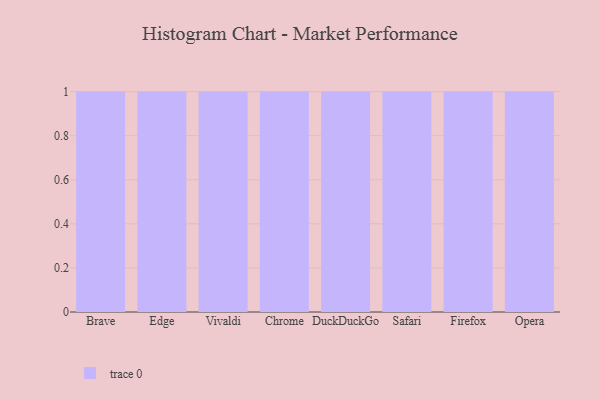
{"axis": {"x": "Browser", "y": "Operating Costs (USD K)"}, "legend": [""], "data": [{"x": "Brave", "y": 78, "type": ""}, {"x": "Edge", "y": 9, "type": ""}, {"x": "Vivaldi", "y": 12, "type": ""}, {"x": "Chrome", "y": 74, "type": ""}, {"x": "DuckDuckGo", "y": 19, "type": ""}, {"x": "Safari", "y": 46, "type": ""}, {"x": "Firefox", "y": 61, "type": ""}, {"x": "Opera", "y": 39, "type": ""}]}